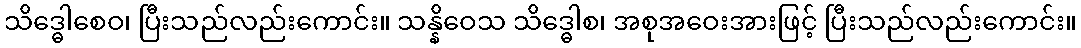
သိဒ္ဓေါစေဝ၊ ပြီးသည်လည်းကောင်း။ သန္နိဝေသ သိဒ္ဓေါစ၊ အစုအဝေးအားဖြင့် ပြီးသည်လည်းကောင်း။